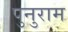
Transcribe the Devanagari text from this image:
पुनुराम